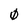
Character: 0